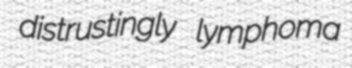
distrustingly lymphoma